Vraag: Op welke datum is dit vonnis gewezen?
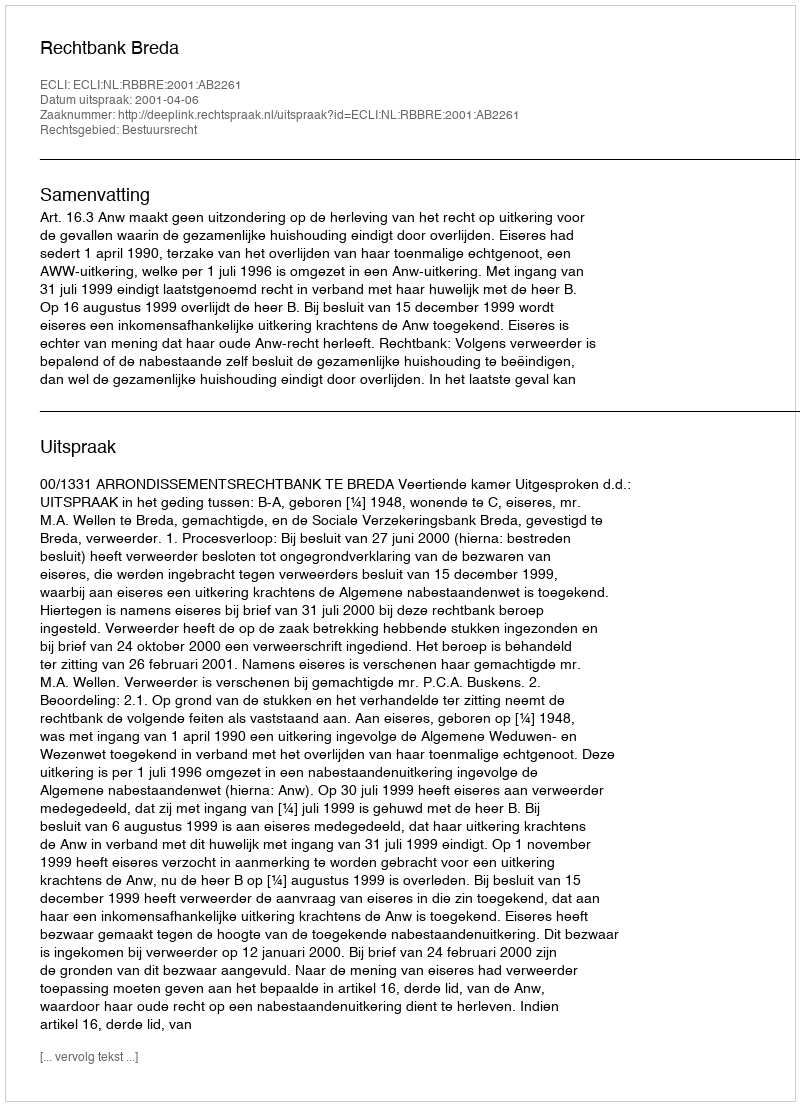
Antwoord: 2001-04-06